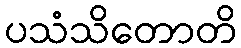
ပသံသိတောတိ